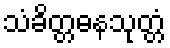
သံခိတ္တဓနသုတ္တံ